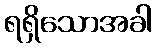
ရရှိသောအခါ